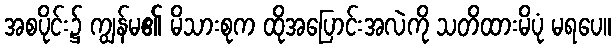
အစပိုင်း၌ ကျွန်မ၏ မိသားစုက ထိုအပြောင်းအလဲကို သတိထားမိပုံ မရပေ။